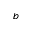
b